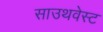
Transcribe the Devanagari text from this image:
साउथवेस्‍ट